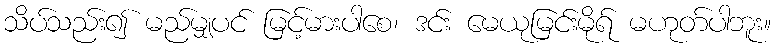
သိပ်သည်း၍ မည်မျှပင် မြင့်မားပါစေ၊ ဒင်း မေယုမြင်းမိုရ် မဟုတ်ပါဘူး။